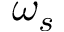
\omega _ { s }